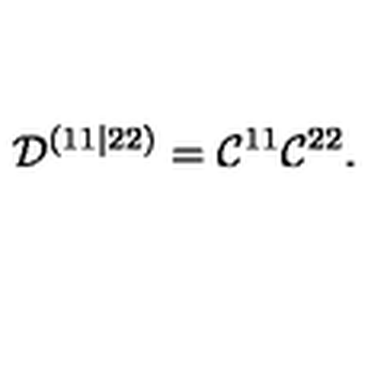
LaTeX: { \cal D } ^ { ( 1 1 | 2 2 ) } = { \cal C } ^ { 1 1 } { \cal C } ^ { 2 2 } .